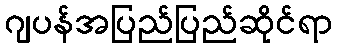
ဂျပန်အပြည်ပြည်ဆိုင်ရာ